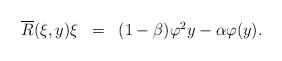
LaTeX: \begin{align*}\begin{array}{lll} \overline{R}(\xi,y)\xi&=&(1-\beta)\varphi^2 y-\alpha \varphi(y). \\\end{array}\end{align*}